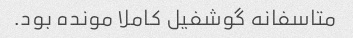
متاسفانه گوشفیل کاملا مونده بود.